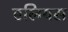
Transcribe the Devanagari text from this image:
एलियस